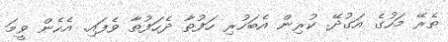
ތެރޭ މަހުގެ އަގުދޭ. ކުރިން އެބަހުރި ހަފުތާ ދެހަފުތާ ވެފައި. އެހެން ވީމަ